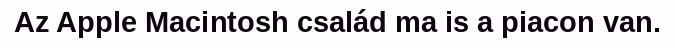
Az Apple Macintosh család ma is a piacon van.